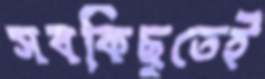
সবকিছুতেই